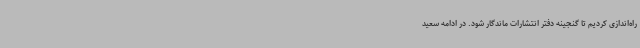
راه‌اندازی کردیم تا گنجینه دفتر انتشارات ماندگار شود. در ادامه سعید